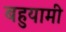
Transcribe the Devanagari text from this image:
बहुयामी